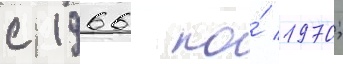
с 1966 по́ 1970;